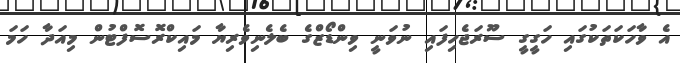
އެ ވާހަކަތަކުގައި ހަގީގީ ސޫރަޖެހިފައި ނުވަނީ ވިންޑޯޒްގެ ބެލެނިވެރިޔާ މައިކްރޮސޮފްޓުން މިއަދާ ހަމަ